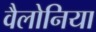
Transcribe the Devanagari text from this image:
वैलोनिया